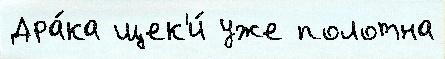
Дра́ка щек'и́ уже полотна